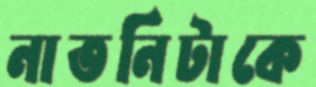
নাতনিটাকে